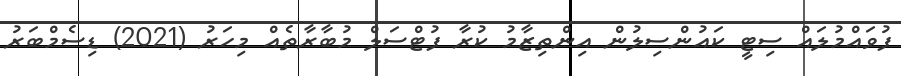
ފުވައްމުލައް ސިޓީ ކައުންސިލުން އިންތިޒާމު ކުރާ ފުޓްސަލް މުބާރާތެއް މިހަރު (2021) ޑިސެމްބަރު